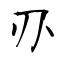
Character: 刅